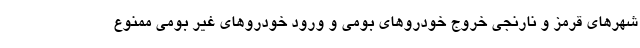
شهرهای قرمز و نارنجی خروج خودروهای بومی و ورود خودروهای غیر بومی ممنوع